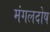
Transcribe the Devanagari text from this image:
मंगलदोष